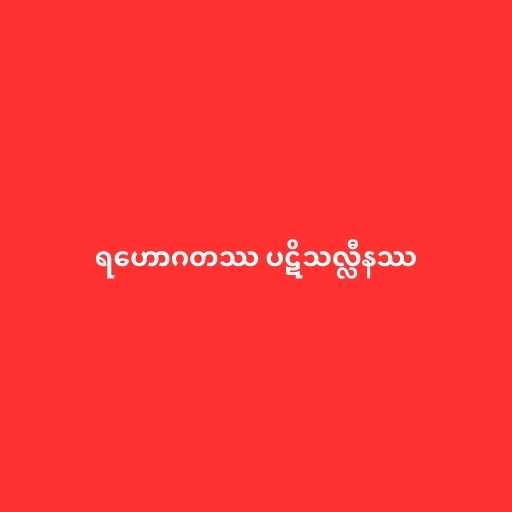
ရဟောဂတဿ ပဋိသလ္လီနဿ